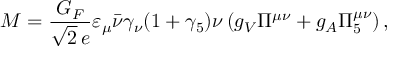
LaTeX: { \cal M } = \frac { G _ { F } } { \sqrt { 2 } \, e } \varepsilon _ { \mu } \bar { \nu } \gamma _ { \nu } ( 1 + \gamma _ { 5 } ) \nu \, ( g _ { V } \Pi ^ { \mu \nu } + g _ { A } \Pi _ { 5 } ^ { \mu \nu } ) \, ,